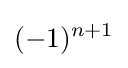
(-1)^{n+1}